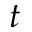
t